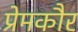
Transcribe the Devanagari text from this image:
प्रेमकौर